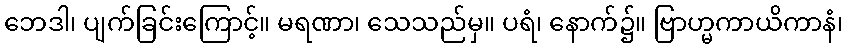
ဘေဒါ၊ ပျက်ခြင်းကြောင့်။ မရဏာ၊ သေသည်မှ။ ပရံ၊ နောက်၌။ ဗြာဟ္မကာယိကာနံ၊